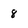
Character: 8